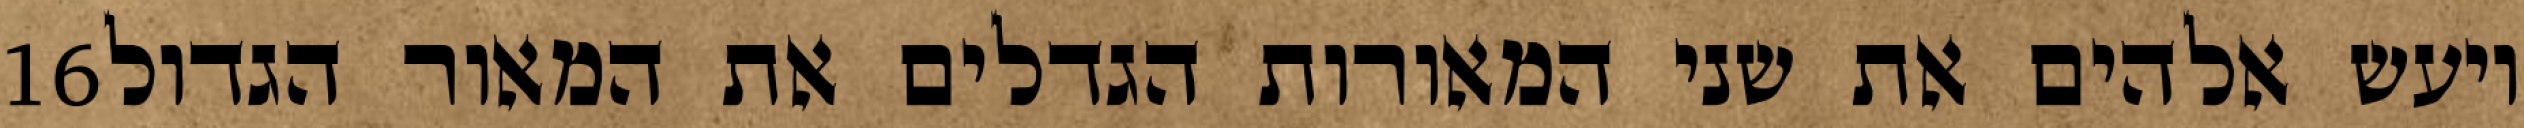
‎16‏ ויעש אלהים את שני המאורות הגדלים את המאור הגדול